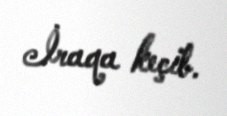
İraqa keçib.